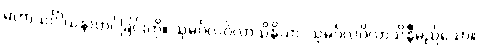
မဟာသင်္ဂါယနာတင်ခြင်းကို။ သုမင်္ဂလဝိလာသိနိယာ၊ သုမင်္ဂလဝိလာသိနီမည်သော။